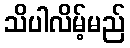
သိပါလိမ့်မည်